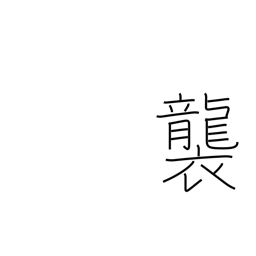
Meaning: pile